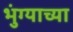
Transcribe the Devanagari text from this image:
भुंग्याच्या